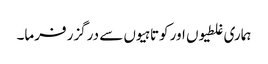
ہماری غلطیوں اور کوتاہیوں سے درگزر فرما۔